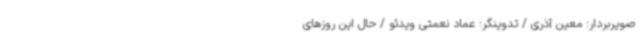
صویربردار: معین آذری / تدوینگر: عماد نعمتی ویدئو / حال این روزهای